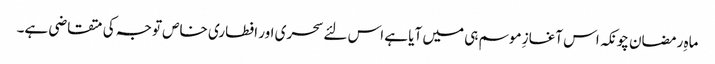
ماہِ رمضان چونکہ اس آغازِ موسم ہی میں آیا ہے اس لئے سحری اور افطاری خاص توجہ کی متقاضی ہے۔